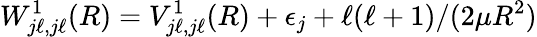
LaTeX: W_{j\ell,j\ell}^{1}(R)=V_{j\ell,j\ell}^{1}(R)+\epsilon_{j}+\ell(\ell+1)/(2\mu R^{2})